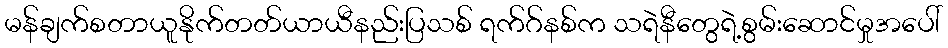
မန်ချက်စတာယူနိုက်တတ်ယာယီနည်းပြသစ် ရက်ဂ်နစ်က သရဲနီတွေရဲ့စွမ်းဆောင်မှုအပေါ်